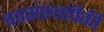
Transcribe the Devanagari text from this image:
पतसंस्थांपैकी